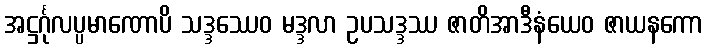
အဋ္ဌင်္ဂုလပ္ပမာဏောပိ သဒ္ဒဿေဝ မဒ္ဒလာ ဥပသဒ္ဒဿ ဇာတိအာဒီနံယေဝ ဇာယနကော